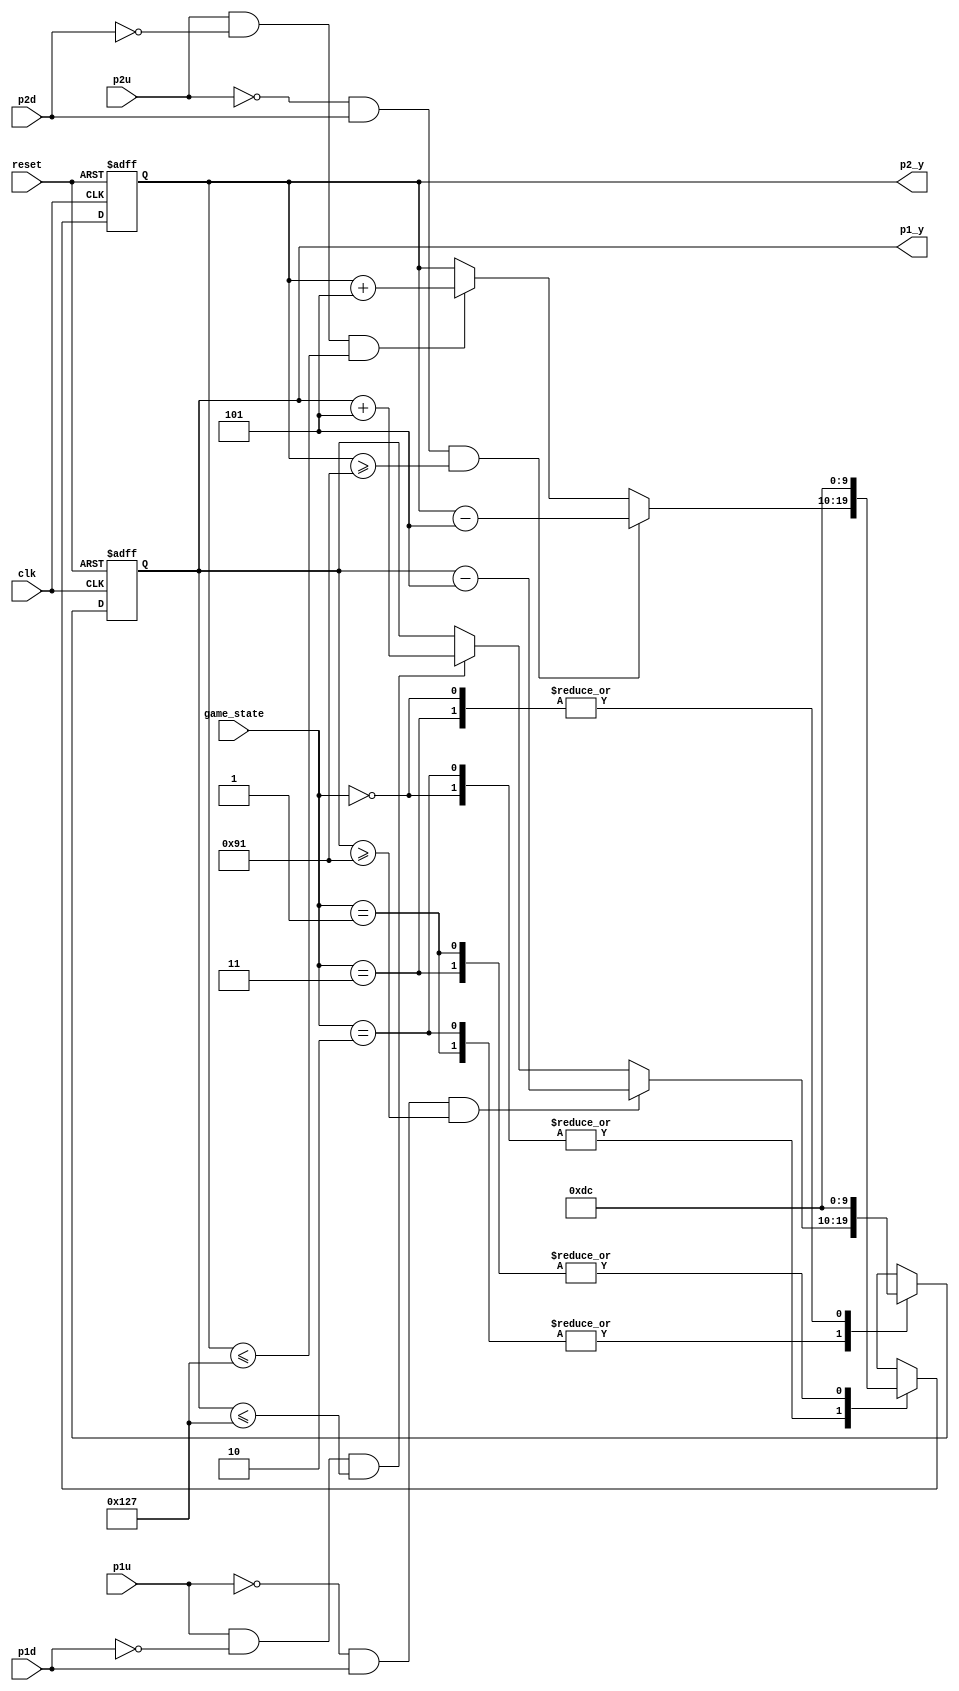
module board_controller(
	input clk,
	input reset,
	input [1:0] game_state,
	input p1u,
	input p1d,
	input p2u,
	input p2d,
	output reg [9:0] p1_y,
	output reg [9:0] p2_y
);

	parameter center = 10'd220;
	parameter speed = 10'd5;
	parameter upper_limit = 10'd140;
	parameter lower_limit = 10'd300; //340-10 (board width)
	parameter p1_serve = 2'd0;
	parameter p2_serve = 2'd1;
	parameter playing = 2'd2;
	parameter done = 2'd3;

	always @(posedge clk or negedge reset) begin
		if (!reset) begin
			p1_y <= center;
			p2_y <= center;
		end else begin
			case(game_state)
				p1_serve: begin
					p1_y <= center; // p1 go back to center
					p2_y <= calculate_next_position(p2u, p2d, p2_y, speed, upper_limit, lower_limit);
				end
				p2_serve: begin
					p2_y <= center; // p2 go back to center
					p1_y <= calculate_next_position(p1u, p1d, p1_y, speed, upper_limit, lower_limit);
				end
				playing: begin
					// both of them can move
					p1_y <= calculate_next_position(p1u, p1d, p1_y, speed, upper_limit, lower_limit);
					p2_y <= calculate_next_position(p2u, p2d, p2_y, speed, upper_limit, lower_limit);
				end
				done: begin
					p1_y <= center;
					p2_y <= center;
				end
			endcase
		end
	end

	//function to calculate next board position
	function [9:0] calculate_next_position(
	  input up, 
	  input down, 
	  input [9:0] current_position, 
	  input [9:0] move_speed, 
	  input [9:0] up_limit, 
	  input [9:0] down_limit
	);
		begin
			if (!up && down && current_position >= up_limit + move_speed)
				calculate_next_position = current_position - move_speed;
			else if (up && !down && current_position <= down_limit - move_speed)
				calculate_next_position = current_position + move_speed;
			else
				calculate_next_position = current_position;
		end
	endfunction
endmodule